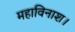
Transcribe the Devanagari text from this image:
महाविनाश।